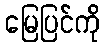
မြေပြင်ကို